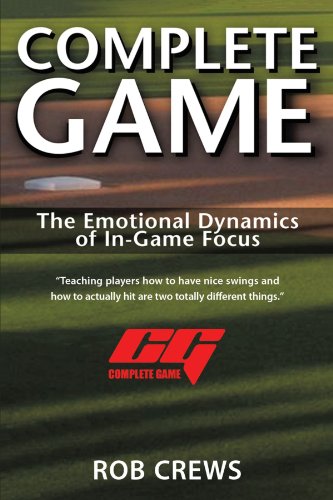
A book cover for Complete Game: The Emotional Dynamics of In-Game Focus; Rob Crews; Teen & Young Adult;